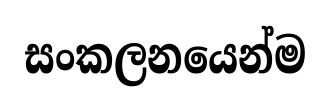
සංකලනයෙන්ම